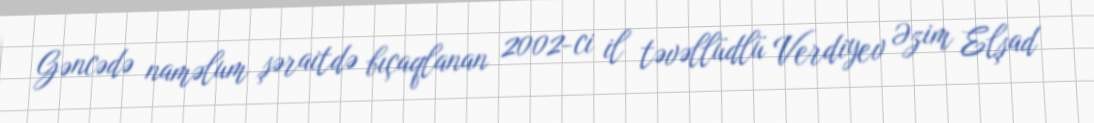
Gəncədə naməlum şəraitdə bıçaqlanan 2002-ci il təvəllüdlü Verdiyev Əzim Elşad